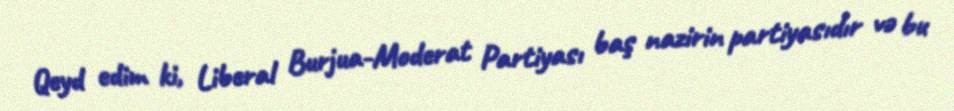
Qeyd edim ki, Liberal Burjua-Moderat Partiyası baş nazirin partiyasıdır və bu